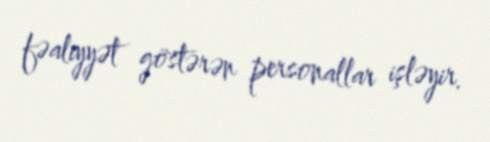
fəaliyyət göstərən personallar işləyir.